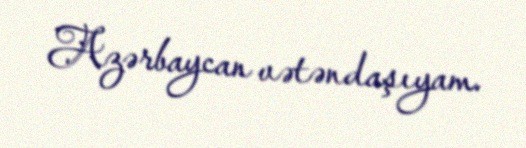
Azərbaycan vətəndaşıyam.